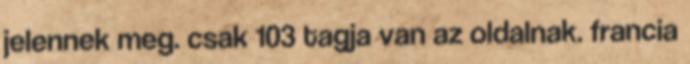
jelennek meg. csak 103 tagja van az oldalnak. francia